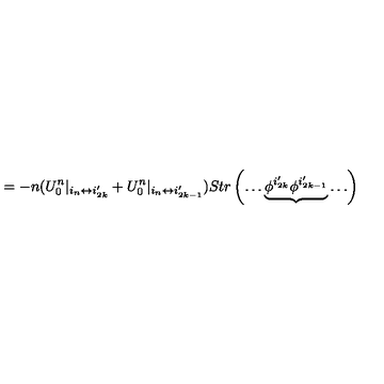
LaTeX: = - n ( U _ { 0 } ^ { n } | _ { i _ { n } \leftrightarrow i _ { 2 k } ^ { \prime } } + U _ { 0 } ^ { n } | _ { i _ { n } \leftrightarrow i _ { 2 k - 1 } ^ { \prime } } ) S t r \left( \ldots \underbrace { \phi ^ { i _ { 2 k } ^ { \prime } } \phi ^ { i _ { 2 k - 1 } ^ { \prime } } } \ldots \right)